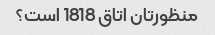
منظورتان اتاق 1818 است؟